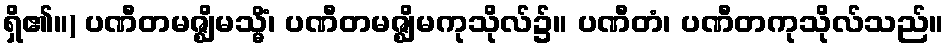
ရှိ၏။) ပဏီတမဇ္ဈိမသ္မိံ၊ ပဏီတမဇ္ဈိမကုသိုလ်၌။ ပဏီတံ၊ ပဏီတကုသိုလ်သည်။